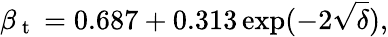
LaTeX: \beta_{\mathrm{~t~}}=0.687+0.313\exp(-2\sqrt{\delta}),